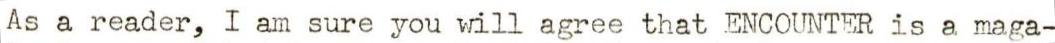
As a reader, I am sure you will agree that ENCOUNTER is a maga-